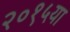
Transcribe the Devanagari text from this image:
२०१५या